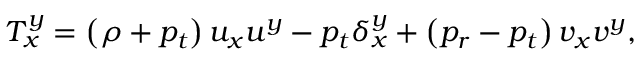
T _ { x } ^ { y } = \left( \rho + p _ { t } \right) { u _ { x } } { u ^ { y } } - { p _ { t } } { \delta _ { x } ^ { y } } + \left( p _ { r } - p _ { t } \right) { v _ { x } } { v ^ { y } } ,